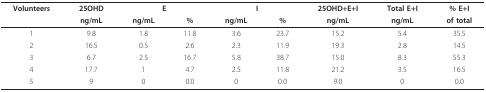
| Volunteers | 25OHD | <COLSPAN=2> E | <COLSPAN=2> I | 25OHD+E+I | Total E+I | % E+I |
 |  | ng/mL | ng/mL | % | ng/mL | % | ng/mL | ng/mL | of total |
 | --- | --- | --- | --- | --- | --- | --- | --- | --- |
 | 1 | 9.8 | 1.8 | 11.8 | 3.6 | 23.7 | 15.2 | 5.4 | 35.5 |
 | 2 | 16.5 | 0.5 | 2.6 | 2.3 | 11.9 | 19.3 | 2.8 | 14.5 |
 | 3 | 6.7 | 2.5 | 16.7 | 5.8 | 38.7 | 15.0 | 8.3 | 55.3 |
 | 4 | 17.7 | 1 | 4.7 | 2.5 | 11.8 | 21.2 | 3.5 | 16.5 |
 | 5 | 9 | 0 | 0.0 | 0 | 0.0 | 9.0 | 0 | 0.0 |